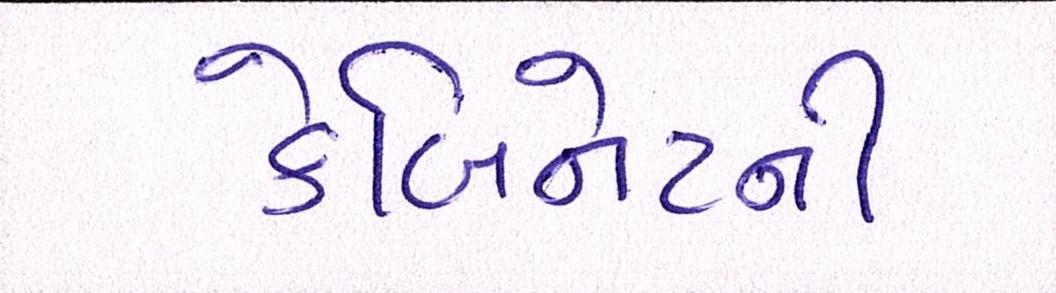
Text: કેબિનેટની